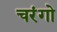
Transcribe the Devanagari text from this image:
चरंगो